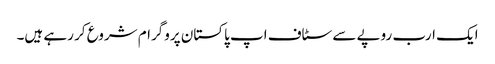
ایک ارب روپے سے سٹاف اپ پاکستان پروگرام شروع کر رہے ہیں۔